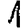
Digit: 1